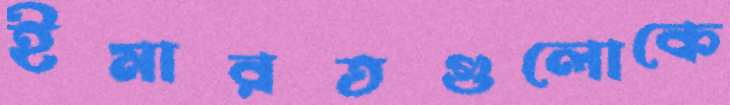
ইমারতগুলোকে